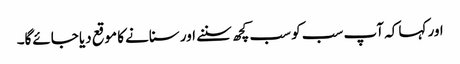
اور کہا کہ آپ سب کو سب کچھ سننے اور سنانے کا موقع دیا جائےگا۔